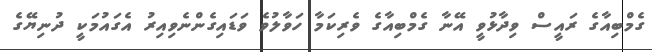
ގެމްބިއާގެ ރައީސް ވިދާޅުވީ އޭނާ ގެމްބިއާގެ ވެރިކަމާ ހަވާލުވެ ވަޑައިގެންނެވިއިރު އެގައުމަކީ ދުނިޔޭގެ